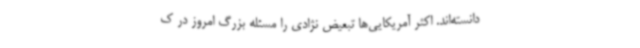
دانسته‌اند. اکثر آمریکایی‌ها تبعیض نژادی را مسئله بزرگ امروز در ک